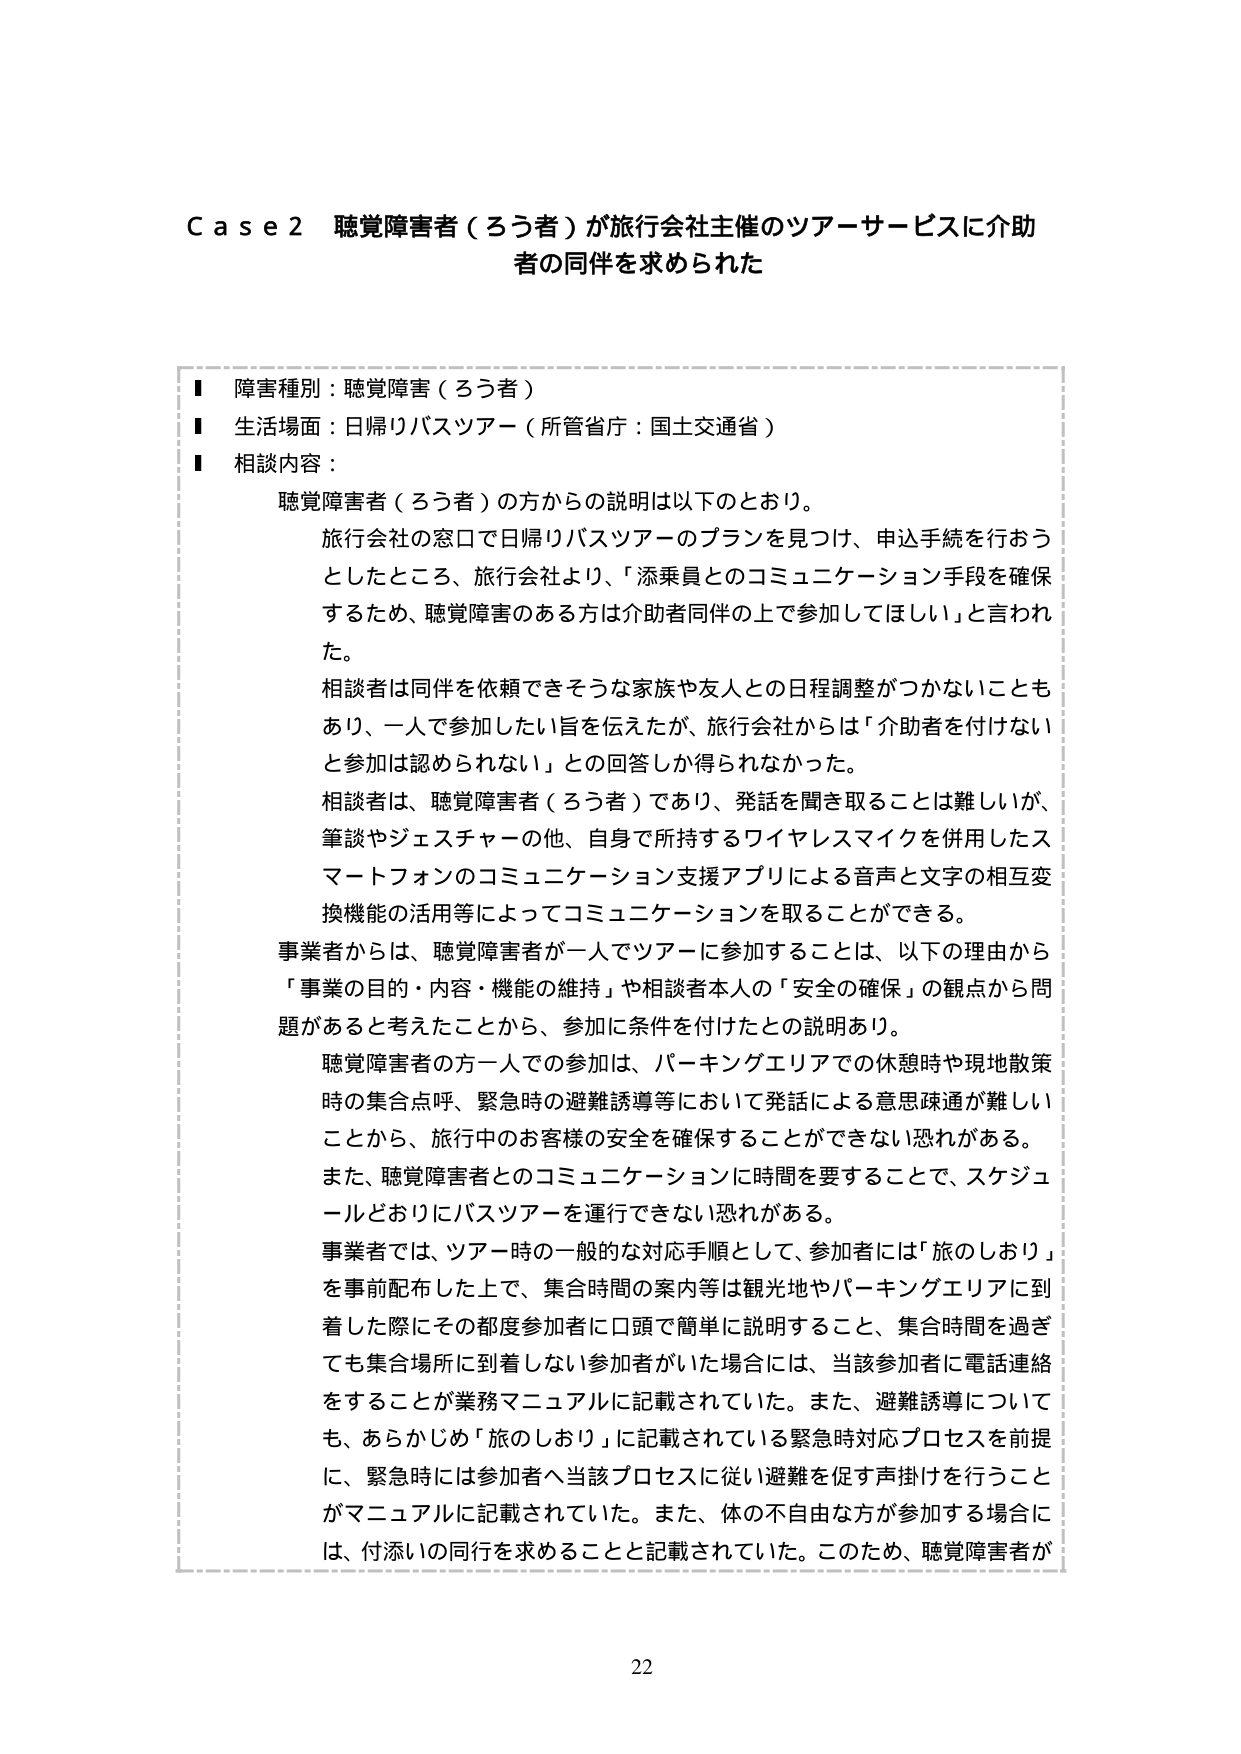
Case 2 聴覚障害者（ろう者）が旅行会社主催のツアーサービスに介助者の同伴を求められた

■ 障害種別：聴覚障害（ろう者）
■ 生活場面：日帰りバスツアー（所管省庁：国土交通省）
■ 相談内容：

聴覚障害者（ろう者）の方からの説明は以下のとおり。

旅行会社の窓口で日帰りバスツアーのプランを見つけ、申込手続を行おうとしたところ、旅行会社より、「添乗員とのコミュニケーション手段を確保するため、聴覚障害のある方は介助者同伴の上で参加してほしい」と言われた。

相談者は同伴を依頼できそうな家族や友人との日程調整がつかないこともあり、一人で参加したい旨を伝えたが、旅行会社からは「介助者を付けないと参加は認められない」との回答しか得られなかった。

相談者は、聴覚障害者（ろう者）であり、発話を聞き取ることは難しいが、筆談やジェスチャーの他、自身で所持するワイヤレスマイクを併用したスマートフォンのコミュニケーション支援アプリによる音声と文字の相互変換機能の活用等によってコミュニケーションを取ることができる。

事業者からは、聴覚障害者が一人でツアーに参加することは、以下の理由から「事業の目的・内容・機能の維持」や相談者本人の「安全の確保」の観点から問題があると考えたことから、参加に条件を付けたとの説明あり。

聴覚障害者の方一人での参加は、パーキングエリアでの休憩時や現地散策時の集合点呼、緊急時の避難誘導等において発話による意思疎通が難しいことから、旅行中のお客様の安全を確保することができない恐れがある。

また、聴覚障害者とのコミュニケーションに時間を要することで、スケジュールどおりにバスツアーを運行できない恐れがある。

事業者では、ツアー時の一般的な対応手順として、参加者には「旅のしおり」を事前配布した上で、集合時間の案内等は観光地やパーキングエリアに到着した際にその都度参加者に口頭で簡単に説明すること、集合時間を過ぎても集合場所に到着しない参加者がいた場合には、当該参加者に電話連絡をすることが業務マニュアルに記載されていた。また、避難誘導についても、あらかじめ「旅のしおり」に記載されている緊急時対応プロセスを前提に、緊急時には参加者へ当該プロセスに従い避難を促す声掛けを行うことがマニュアルに記載されていた。また、体の不自由な方が参加する場合には、付添いの同行を求めることと記載されていた。このため、聴覚障害者が

22